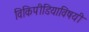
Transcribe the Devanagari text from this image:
विकिपीडियाविषयी